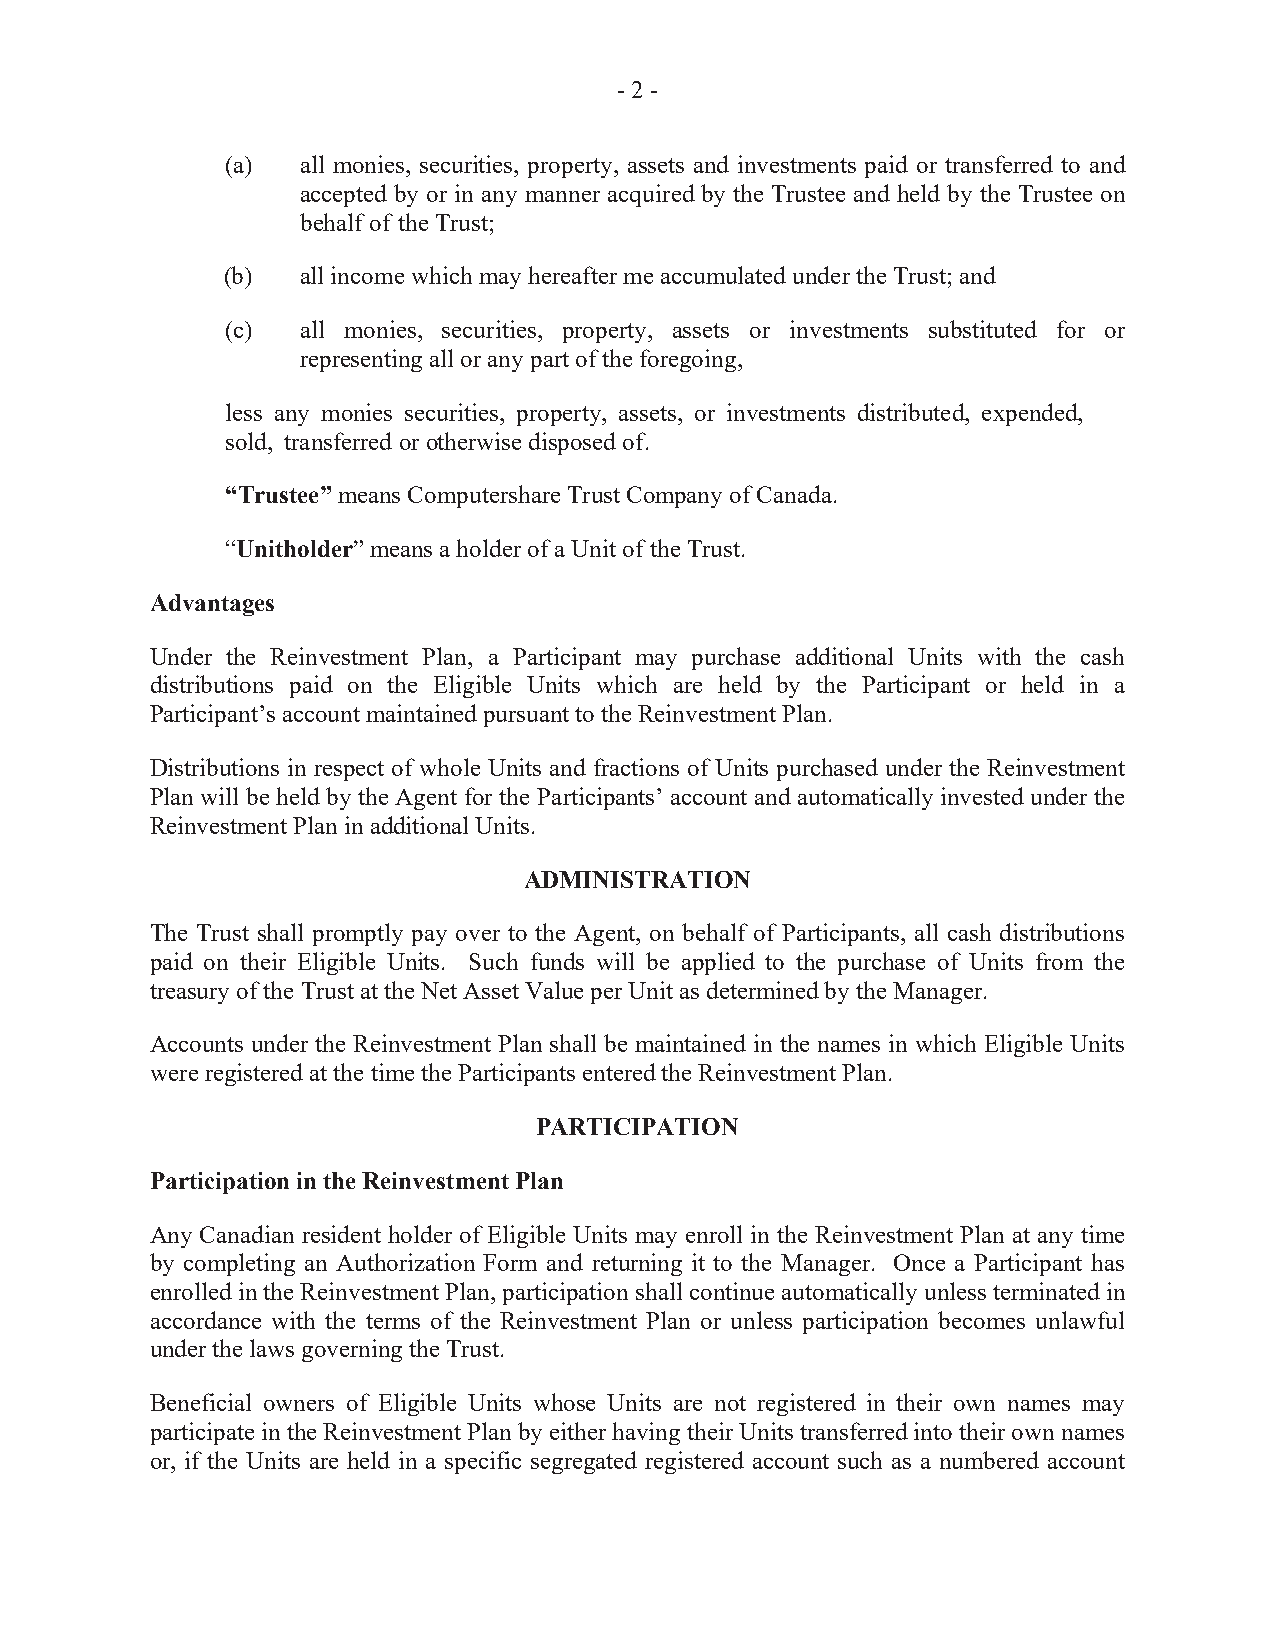
- 2 -
 (a)  all monies, securities, property, assets and investments paid or transferred to and
 accepted by or in any manner acquired by the Trustee and held by the Trustee on
 behalf of the Trust;
 (b)  all income which may hereafter me accumulated under the Trust; and
 (c)  all monies, securities, property, assets or investments substituted for or
 representing all or any part of the foregoing,
 less any monies securities, property, assets, or investments distributed, expended,
 sold, transferred or otherwise disposed of.
 “Trustee” means Computershare Trust Company of Canada.
 “Unitholder” means a holder of a Unit of the Trust.
 Advantages
 Under the Reinvestment Plan, a Participant may purchase additional Units with the cash
 distributions paid on the Eligible Units which are held by the Participant or held in a
 Participant’s account maintained pursuant to the Reinvestment Plan.
 Distributions in respect of whole Units and fractions of Units purchased under the Reinvestment
 Plan will be held by the Agent for the Participants’ account and automatically invested under the
 Reinvestment Plan in additional Units.
 ADMINISTRATION
 The Trust shall promptly pay over to the Agent, on behalf of Participants, all cash distributions
 paid on their Eligible Units. Such funds will be applied to the purchase of Units from the
 treasury of the Trust at the Net Asset Value per Unit as determined by the Manager.
 Accounts under the Reinvestment Plan shall be maintained in the names in which Eligible Units
 were registered at the time the Participants entered the Reinvestment Plan.
 PARTICIPATION
 Participation in the Reinvestment Plan
 Any Canadian resident holder of Eligible Units may enroll in the Reinvestment Plan at any time
 by completing an Authorization Form and returning it to the Manager. Once a Participant has
 enrolled in the Reinvestment Plan, participation shall continue automatically unless terminated in
 accordance with the terms of the Reinvestment Plan or unless participation becomes unlawful
 under the laws governing the Trust.
 Beneficial owners of Eligible Units whose Units are not registered in their own names may
 participate in the Reinvestment Plan by either having their Units transferred into their own names
 or, if the Units are held in a specific segregated registered account such as a numbered account